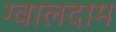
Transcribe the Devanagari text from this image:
ग्वालदाम